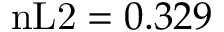
\mathrm { n L 2 } = 0 . 3 2 9